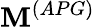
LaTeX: \mathbf{M}^{(APG)}